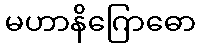
မဟာနိဂြောဓော